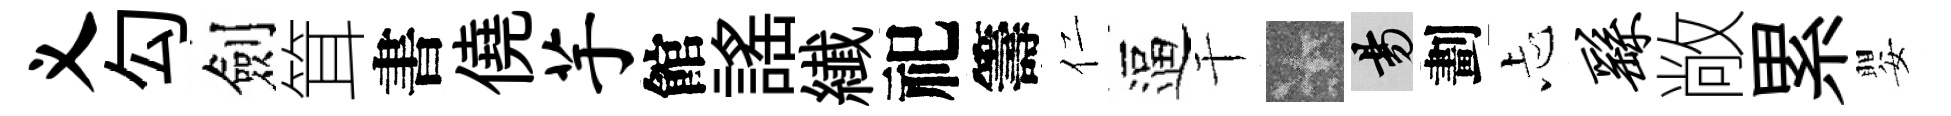
义勾劍䇯書僥芋館謡纎祀籌仁逼干卡昜劃忐繇敞累嬰